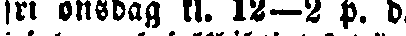
fri onsdag kl. 12-2 p. d.